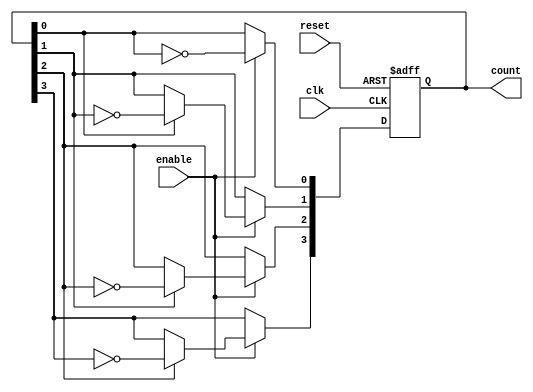
module async_ripple_counter (
    input wire clk,        // Clock input for the first flip-flop
    input wire reset,      // Asynchronous reset input
    input wire enable,     // Count enable input
    output reg [n-1:0] count // n-bit output count
);
    parameter n = 4; // Define the width of the counter (number of flip-flops)

    // Asynchronous reset and counting logic
    always @(posedge clk or posedge reset) begin
        if (reset) begin
            count <= 0; // Reset counter to 0
        end else if (enable) begin
            // Toggle the first flip-flop
            count[0] <= ~count[0];
            // Generate the ripple effect for subsequent flip-flops
            count[1] <= count[0] ? ~count[1] : count[1];
            count[2] <= count[1] ? ~count[2] : count[2];
            count[3] <= count[2] ? ~count[3] : count[3];
            // Add more flip-flops as needed for larger counters
        end
    end
endmodule